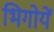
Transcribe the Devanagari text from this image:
भिगोयें